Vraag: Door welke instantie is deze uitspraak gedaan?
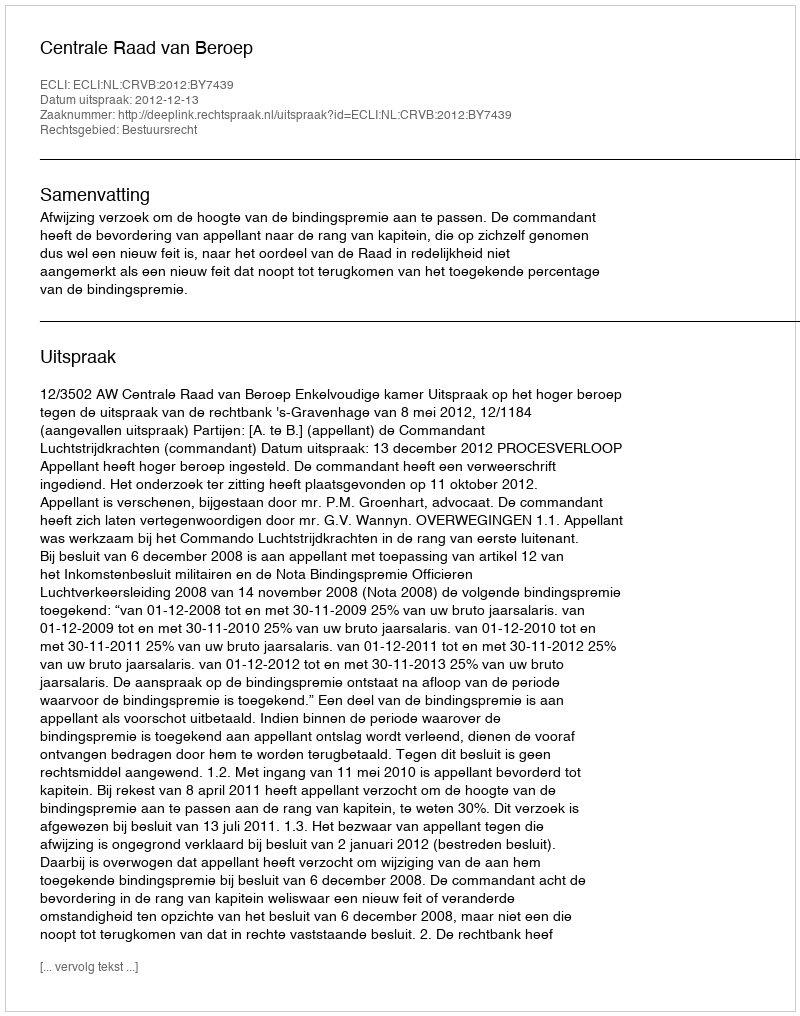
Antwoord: Centrale Raad van Beroep